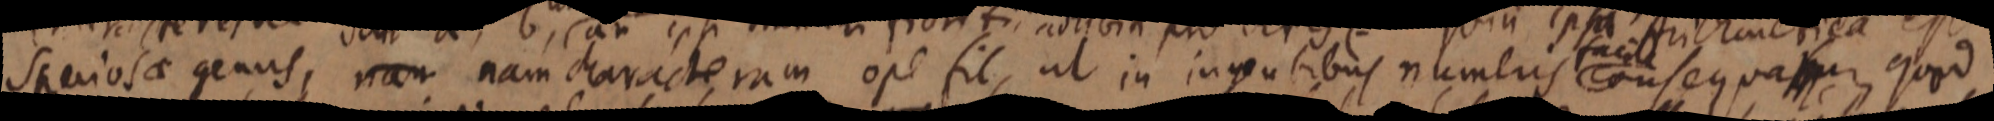
speciosa genus, nam nam characteram ope fit, ut in ingentibus numeris consequatur, quod